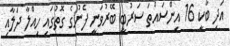
އަދި ބާކީ 16 އިންސައްތަ ސަރުބީ ބޭރުވަނީ ފެނުގެ ގޮތުގައި ހިއްލާ ދަލާއި